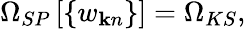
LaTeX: {\Omega}_{SP}\left[\{ w_{{\mathbf k}n}\} \right]={\Omega}_{KS},